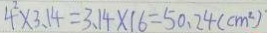
4 ^ { 2 } \times 3 . 1 4 = 3 . 1 4 \times 1 6 = 5 0 . 2 4 ( c m ^ { 2 } )